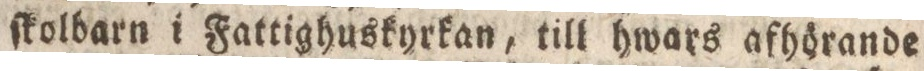
ſkolbarn i Fattighuskyrkan, till hwars afhörande